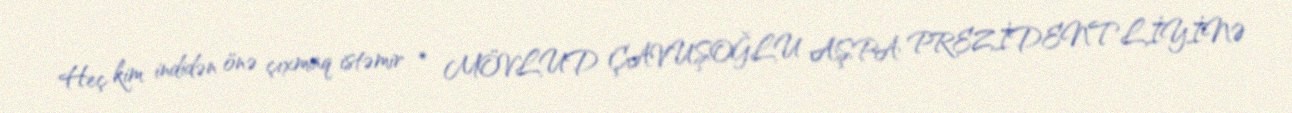
Heç kim indidən önə çıxmaq istəmir * MÖVLUD ÇAVUŞOĞLU AŞPA PREZİDENTLİYİNƏ